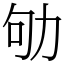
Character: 劬